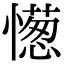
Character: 憽